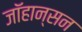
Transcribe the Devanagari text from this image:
जाॅहान्सन